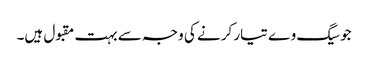
جوسیگ وے تیار کرنے کی وجہ سے بہت مقبول ہیں۔